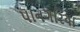
પાનગરિયા